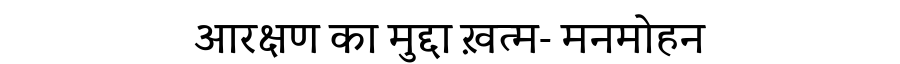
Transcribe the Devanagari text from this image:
आरक्षण का मुद्दा ख़त्म- मनमोहन